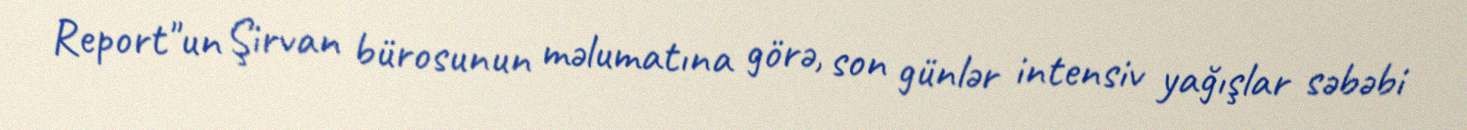
Report"un Şirvan bürosunun məlumatına görə, son günlər intensiv yağışlar səbəbi